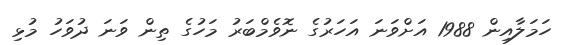
ހަމަލާއިން 1988 އަށްވަނަ އަހަރުގެ ނޮވެމްބަރު މަހުގެ ތިން ވަނަ ދުވަހު މުޅި